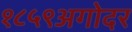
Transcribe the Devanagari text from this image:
१८५९अगोदर